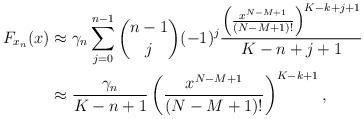
\begin{align*}F_{{x}_n}(x) &\approx \gamma_n \sum^{n-1}_{j=0}{n-1 \choose j} (-1)^j \frac{ \left(\frac{x^{N-M+1}}{(N-M+1)!}\right)^{K-k+j+1} }{K-n+j+1}\\ &\approx \frac{ \gamma_n}{K-n+1}\left(\frac{x^{N-M+1}}{(N-M+1)!}\right)^{K-k+1} ,\end{align*}